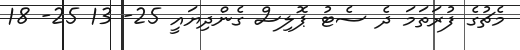
މެޗުގެ ފުރަތަމަ ދެ ސެޓު ޕޮލިސް ގެންދިޔައީ 25- 13 25- 18